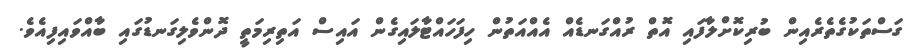
ގަސްތަކުގެތެރެއިން ބުރިކޮށްލާފައި އޮތް ރުއްގަނޑެއް އެއްއަތުން ހިފަހައްޓާލައިގެން އައިސް އަތިރިމަތީ ދޮންވެލިގަނޑުގައި ބާއްވައިފިއެވެ.